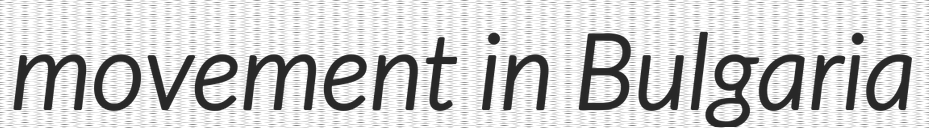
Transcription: movement in Bulgaria